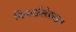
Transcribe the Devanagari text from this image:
फिनाईलेफ्राइन